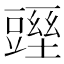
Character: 𧰁